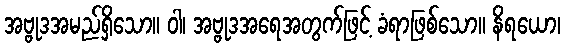
အဗ္ဗုဒအမည်ရှိသော။ ဝါ၊ အဗ္ဗုဒအရေအတွက်ဖြင့် ခံရာဖြစ်သော။ နိရယော၊